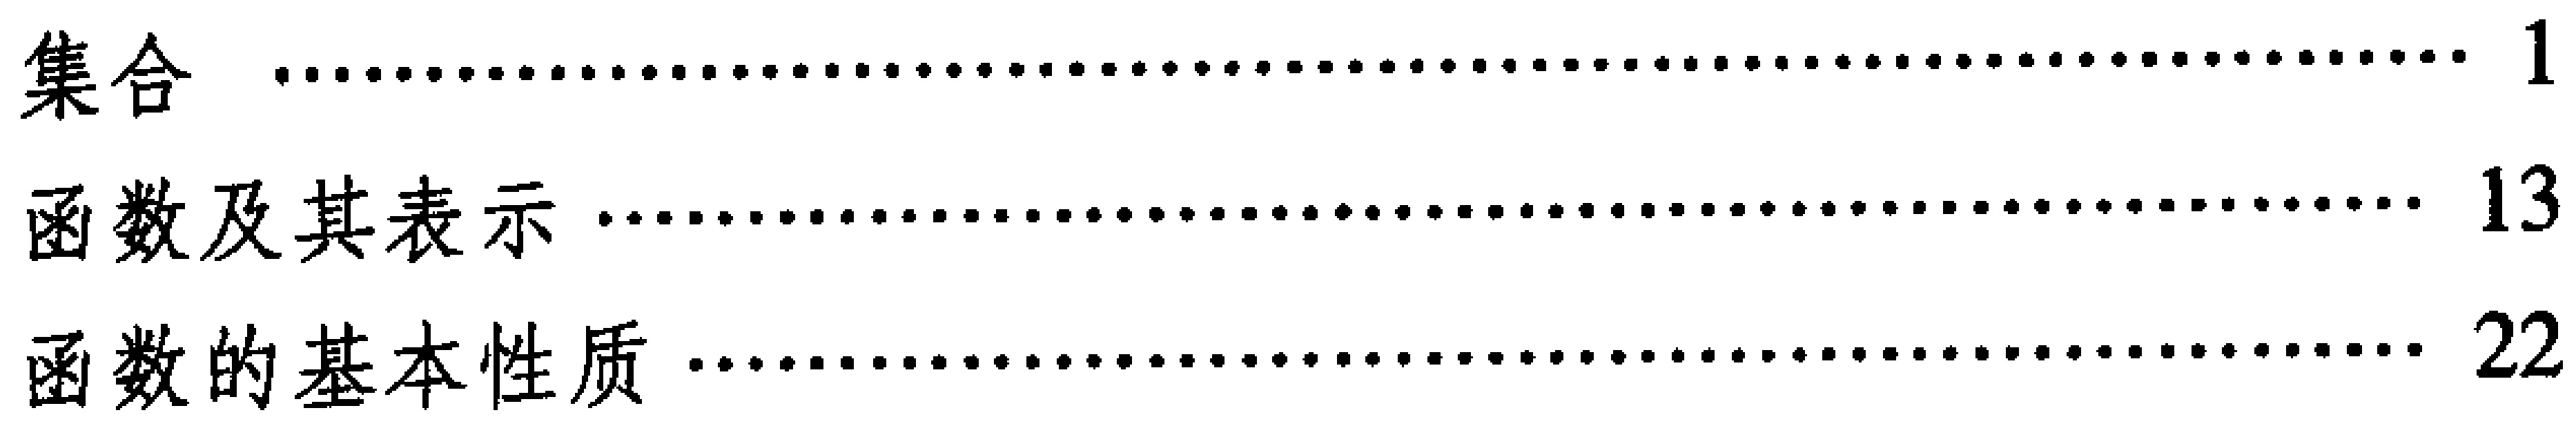
\begin{tabular}{lcl}
集合 & ........................................................ & 1 \\
函数及其表示 & ...................................................................... & 13 \\
函数的基本性质 & .................................................................. & 22
\end{tabular}